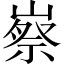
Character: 𡻰